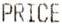
PRICE